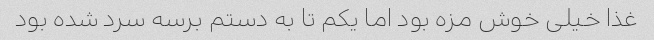
غذا خیلی خوش مزه بود اما یکم تا به دستم برسه سرد شده بود